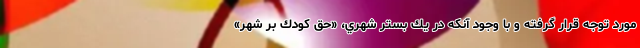
مورد توجه قرار گرفته و با وجود آنكه در يك بستر شهري، «حق كودك بر شهر»